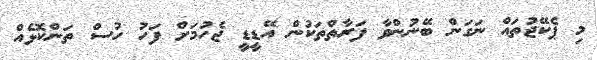
މި ޕެކޭޖުތައް ނަގަން ބޭނުންވާ ފަރާތްތަކުން އޭޑީޑީ ޖެހުމަށް ފަހު ހުސް ތަންކޮޅެއް